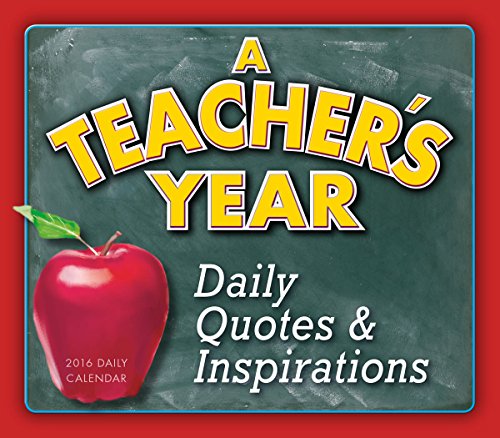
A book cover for Teacher's Year 2016 Boxed/Daily Calendar; Sellers Publishing; Calendars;